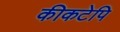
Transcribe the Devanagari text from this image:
कीकटेपि